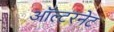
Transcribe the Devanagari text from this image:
ऑल्टरनेट